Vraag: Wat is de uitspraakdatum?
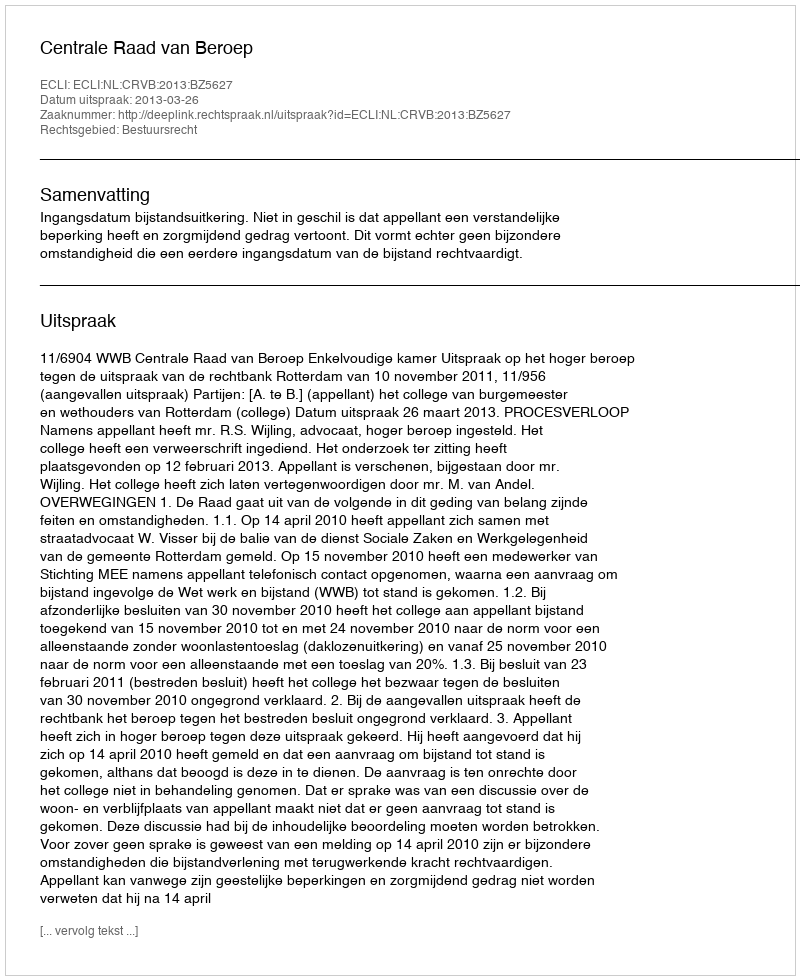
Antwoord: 2013-03-26